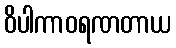
ဝိပါကာဝရဏတာယ